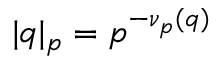
| q | _ { p } = p ^ { - \nu _ { p } ( q ) }